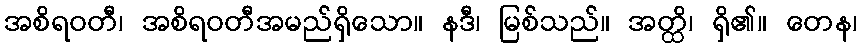
အစိရဝတီ၊ အစိရဝတီအမည်ရှိသော။ နဒီ၊ မြစ်သည်။ အတ္ထိ၊ ရှိ၏။ တေန၊